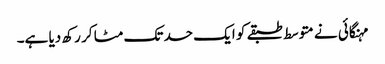
مہنگائی نے متوسط طبقے کو ایک حد تک مٹا کر رکھ دیا ہے۔